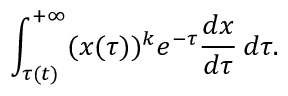
\int _ { \tau ( t ) } ^ { + \infty } ( x ( \tau ) ) ^ { k } e ^ { - \tau } \frac { d x } { d \tau } \, d \tau .